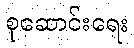
စုဆောင်းရေး